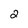
Character: 2